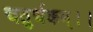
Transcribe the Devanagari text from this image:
चतुर्थकम्।।